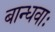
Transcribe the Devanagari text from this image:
बान्धवाः